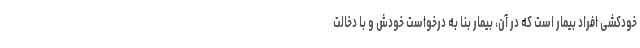
خودکشی افراد بیمار است که در آن، بیمار بنا به درخواست خودش و با دخالت